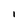
Character: 1